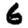
Digit: 6